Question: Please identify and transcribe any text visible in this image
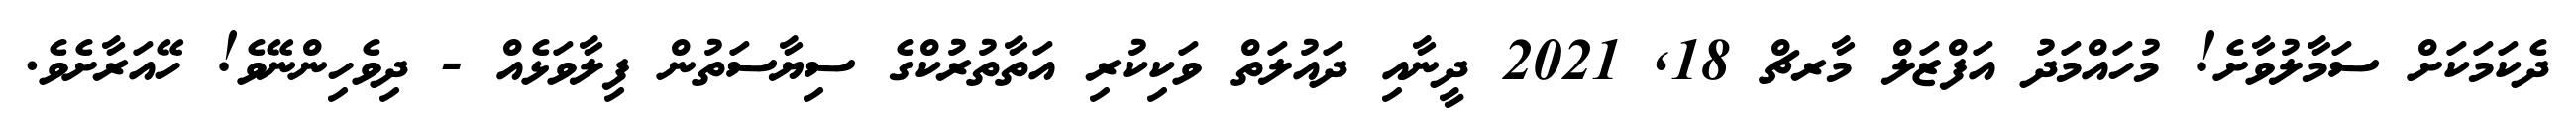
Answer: ދެކަމަކަށް ސަމާލުވާށެ! މުހައްމަދު އަފްޒަލް މާރޗް 18, 2021 ދީނާއި ދައުލަތް ވަކިކުރި އަތާތުރުކްގެ ސިޔާސަތުން ފިލާވަޅެއް - ދިވެހިންނޭވެ! ހޭއަރާށެވެ.